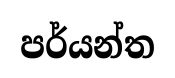
පර්යන්ත